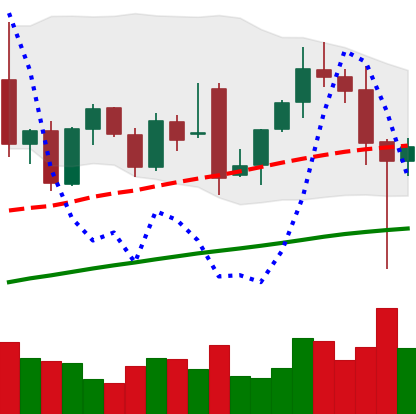
Ticker: ETH-USD
Chart end date: 2021-12-05
Forward return: -6.903%
Label: down_5_7